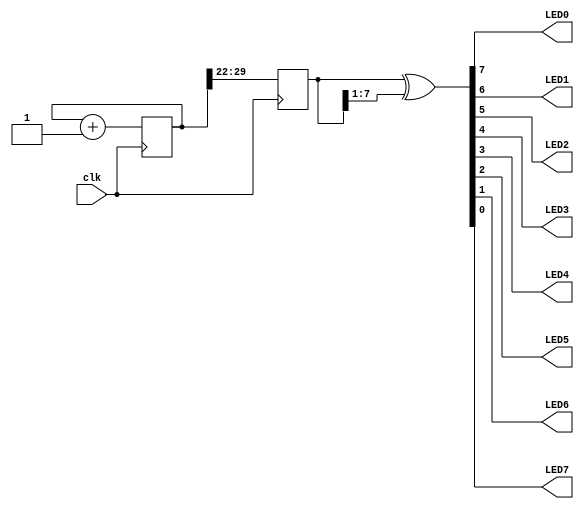
module top (
	input  clk,
	output LED0,
	output LED1,
	output LED2,
	output LED3,
	output LED4,
	output LED5,
	output LED6,
	output LED7
);

	localparam BITS = 8;
	localparam LOG2DELAY = 22;

	reg [BITS+LOG2DELAY-1:0] counter = 0;
	reg [BITS-1:0] outcnt;

	always@(posedge clk) begin
		counter <= counter + 1;
		outcnt <= counter >> LOG2DELAY;
	end

	assign {LED0, LED1, LED2, LED3, LED4, LED5, LED6, LED7} = outcnt ^ (outcnt >> 1);
endmodule